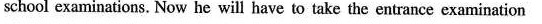
school examinations. Now he will have to take the entrance examination